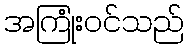
အကြုံးဝင်သည်